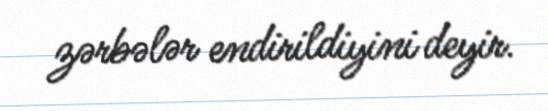
zərbələr endirildiyini deyir.